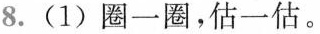
8. (1) 圈一圈，估一估。